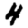
Digit: 4